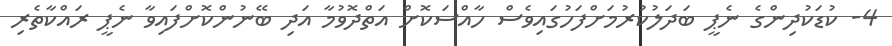
4- ކުޑަކުދިންގެ ނެޕީ ބަދަލުކުރުމަށްފަހުގައިވެސް ހާއްސަކޮށް އަތްދޮވުމާ އަދި ބޭނުންކޮށްފައިވާ ނެޕީ ރައްކާތެރި